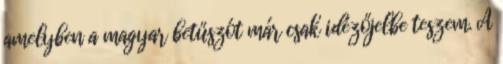
amelyben a magyar betűszót már csak idézőjelbe teszem. A